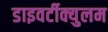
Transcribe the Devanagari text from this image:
डाइवर्टीक्युलम